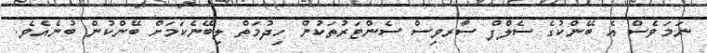
ނަމަވެސް އެ ބޭންކުގެ ސެލްފް ސާރވިސް ސެންޓަރުތަކުން ހިދުމަތް ލިބޭނެކަމަށް ބޭންކުން ބުނެއެވެ.